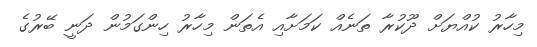
މިހާރު ކުއްޔަށް ދޫކުރާ ތަނެއް ކަަމަށާއި އެތަން މިހާރު ހިންގަމުން ދަނީ ބޭރުގެ